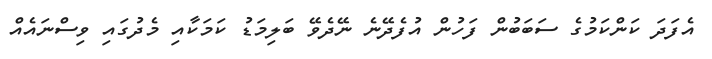
އެފަދަ ކަންކަމުގެ ސަބަބުން ފަހުން އުފެދޭނެ ނޭދެވޭ ބަލިމަޑު ކަމަކާއި މެދުގައި ވިސްނައެއް